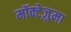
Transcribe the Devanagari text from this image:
मॉक्टेज़ुमा